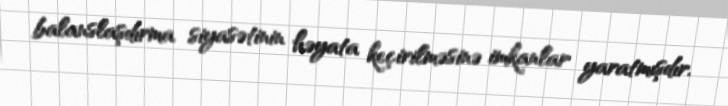
balanslaşdırma siyasətinin həyata keçirilməsinə imkanlar yaratmışdır.